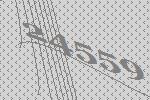
24559